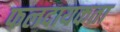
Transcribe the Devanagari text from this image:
फलदायकता